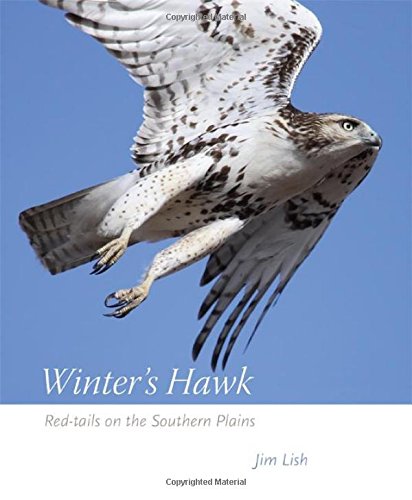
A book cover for Winter's Hawk: Red-tails on the Southern Plains; James W Lish Ph.D.; Sports & Outdoors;